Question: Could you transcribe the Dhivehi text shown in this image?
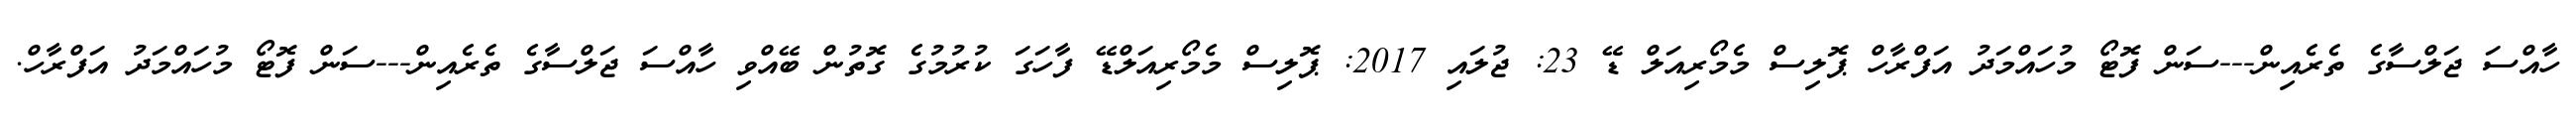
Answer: ހާއްސަ ޖަލްސާގެ ތެރެއިން---ސަން ފޮޓޯ މުހައްމަދު އަފްރާހް ޕޮލިސް މެމޯރިއަލް ޑޭ 23: ޖުލައި 2017: ޕޮލިސް މެމޯރިއަލްޑޭ ފާހަގަ ކުރުމުގެ ގޮތުން ބޭއްވި ހާއްސަ ޖަލްސާގެ ތެރެއިން---ސަން ފޮޓޯ މުހައްމަދު އަފްރާހް.